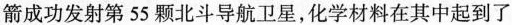
箭成功发射第55颗北斗导航卫星，化学材料在其中起到了